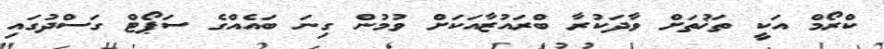
ކްރޯމް އަކީ ތަޚުތަށް ވާދަކުރާ ބްރައުޒާއަކަށް ވުމުން ގިނަ ބައެއްގެ ސަޕޯޓް ގަސްދުގައި